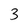
Character: 3